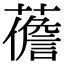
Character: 𧀻